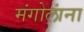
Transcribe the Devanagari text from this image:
मंगोलांना